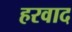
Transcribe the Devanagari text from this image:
हरवाद